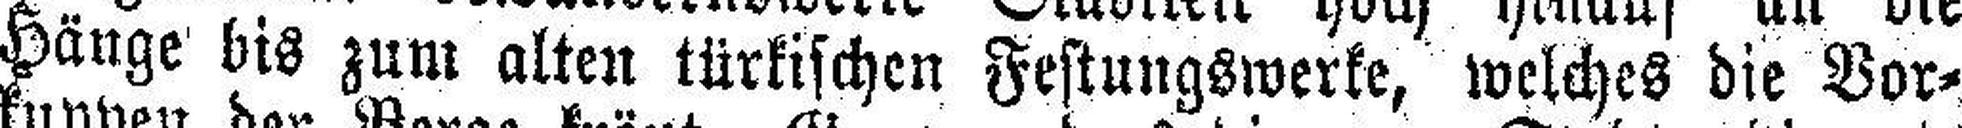
Hänge bis zum alten türkischen Festungswerke, welches die Vor¬